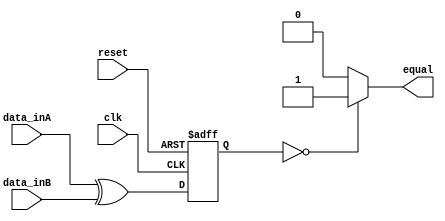
module Serial_Comparator (
    input wire clk,
    input wire reset,
    input wire [7:0] data_inA,
    input wire [7:0] data_inB,
    output reg equal // output indicates whether data_inA is equal to data_inB
);

reg [7:0] result;

always @(posedge clk or posedge reset) begin
    if (reset) begin
        result <= 8'h00;
    end else begin
        result <= data_inA ^ data_inB;
    end
end

always @* begin
    if (result == 8'h00) begin
        equal <= 1'b1; // equal
    end else begin
        equal <= 1'b0; // not equal
    end
end

endmodule